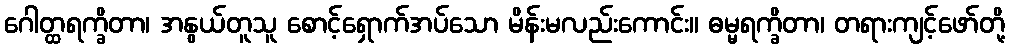
ဂေါတ္ထရက္ခိတာ၊ အနွယ်တူသူ စောင့်ရှောက်အပ်သော မိန်းမလည်းကောင်း။ ဓမ္မရက္ခိတာ၊ တရားကျင့်ဖော်တို့